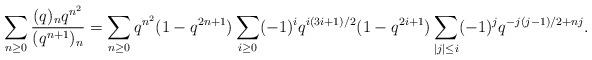
LaTeX: \begin{align*}\sum_{n\ge0}\frac{(q)_nq^{n^2}}{(q^{n+1})_{n}}=\sum_{n\ge0}q^{n^2}(1-q^{2n+1})\sum_{i\ge0}(-1)^iq^{i(3i+1)/2}(1-q^{2i+1})\sum_{|j|\le i}(-1)^jq^{-j(j-1)/2+nj}.\end{align*}